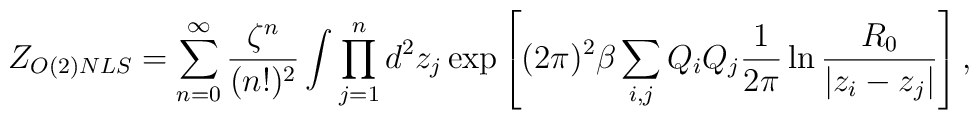
Z_{O(2)NLS} = \sum_{n=0}^{\infty} {\zeta^n \over (n!)^2} \int \prod_{j=1}^{n} d^2z_j \exp \left[ (2\pi)^2 \beta \sum_{i,j} Q_i Q_j {1 \over 2\pi} \ln {R_0 \over |z_i-z_j|} \right] ,